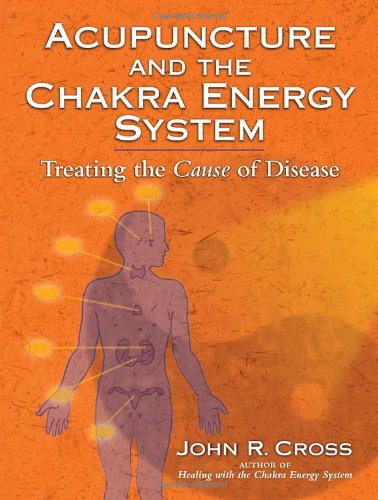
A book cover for Acupuncture and the Chakra Energy System: Treating the Cause of Disease; John R. Cross; Health, Fitness & Dieting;